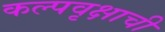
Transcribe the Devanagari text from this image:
कल्पवृक्षाची